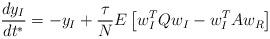
LaTeX: \begin{align*}\frac{dy_{I}}{dt^{\ast}}=-y_{I}+\frac{\tau}{N}E\left[ w_{I}^{T}Qw_{I}-w_{I}^{T}Aw_{R}\right] \end{align*}